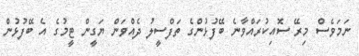
ނަމަވެސް މިރޭ ސޮއިކުރައްވާނެ ބޭފުޅުންގެ ތަފްސީލު ދެއްވަން ޔަގީން ޓީމުގެ އެ ބޭފުޅުން